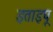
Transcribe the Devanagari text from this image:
इताइपू